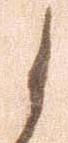
候